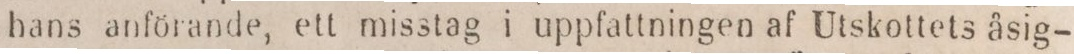
hans anförande, ett misstag i uppfattningen af Utskottets åsig-